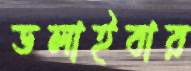
ডলাইবার